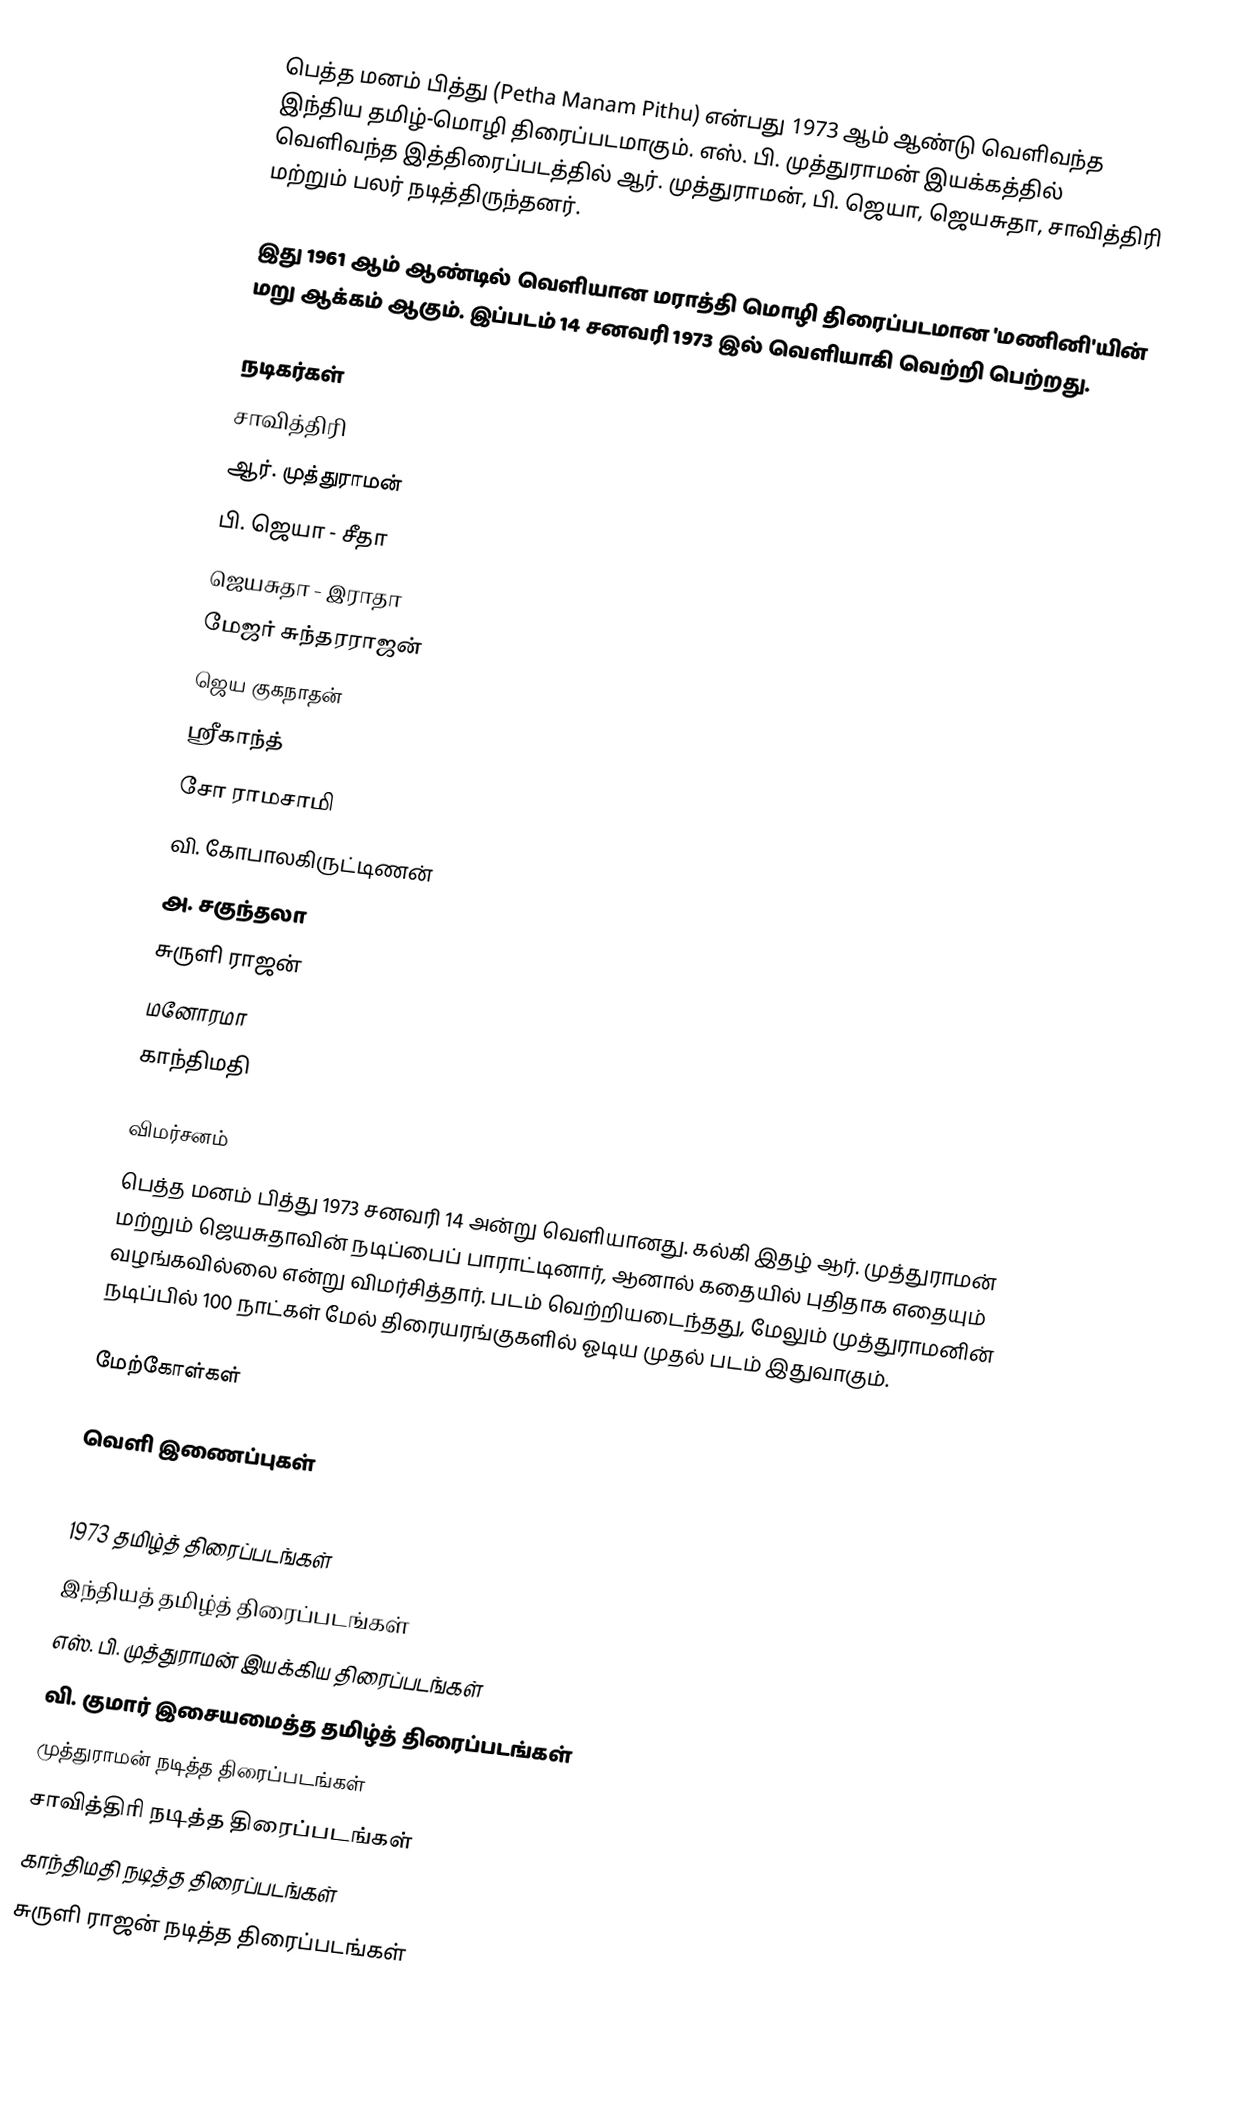
பெத்த மனம் பித்து (Petha Manam Pithu) என்பது 1973 ஆம் ஆண்டு வெளிவந்த இந்திய தமிழ்-மொழி திரைப்படமாகும். எஸ். பி. முத்துராமன் இயக்கத்தில் வெளிவந்த இத்திரைப்படத்தில் ஆர். முத்துராமன், பி. ஜெயா, ஜெயசுதா, சாவித்திரி மற்றும் பலர் நடித்திருந்தனர்.

இது 1961 ஆம் ஆண்டில் வெளியான மராத்தி மொழி திரைப்படமான 'மணினி'யின் மறு ஆக்கம் ஆகும். இப்படம் 14 சனவரி 1973 இல் வெளியாகி வெற்றி பெற்றது.

நடிகர்கள்
 சாவித்திரி
 ஆர். முத்துராமன்
 பி. ஜெயா - சீதா
 ஜெயசுதா - இராதா
 மேஜர் சுந்தரராஜன்
 ஜெய குகநாதன்
 ஸ்ரீகாந்த்
 சோ ராமசாமி
 வி. கோபாலகிருட்டிணன்
 அ. சகுந்தலா
 சுருளி ராஜன்
 மனோரமா
 காந்திமதி

விமர்சனம்
பெத்த மனம் பித்து 1973 சனவரி 14 அன்று வெளியானது. கல்கி இதழ் ஆர். முத்துராமன் மற்றும் ஜெயசுதாவின் நடிப்பைப் பாராட்டினார், ஆனால் கதையில் புதிதாக எதையும் வழங்கவில்லை என்று விமர்சித்தார். படம் வெற்றியடைந்தது, மேலும் முத்துராமனின் நடிப்பில் 100 நாட்கள் மேல் திரையரங்குகளில் ஓடிய முதல் படம் இதுவாகும்.

மேற்கோள்கள்

வெளி இணைப்புகள்

1973 தமிழ்த் திரைப்படங்கள்
இந்தியத் தமிழ்த் திரைப்படங்கள்
எஸ். பி. முத்துராமன் இயக்கிய திரைப்படங்கள்
வி. குமார் இசையமைத்த தமிழ்த் திரைப்படங்கள்
முத்துராமன் நடித்த திரைப்படங்கள்
சாவித்திரி நடித்த திரைப்படங்கள்
காந்திமதி நடித்த திரைப்படங்கள்
சுருளி ராஜன் நடித்த திரைப்படங்கள்